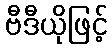
ဗီဒီယိုဖြင့်